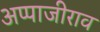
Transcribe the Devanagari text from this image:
अप्पाजीराव